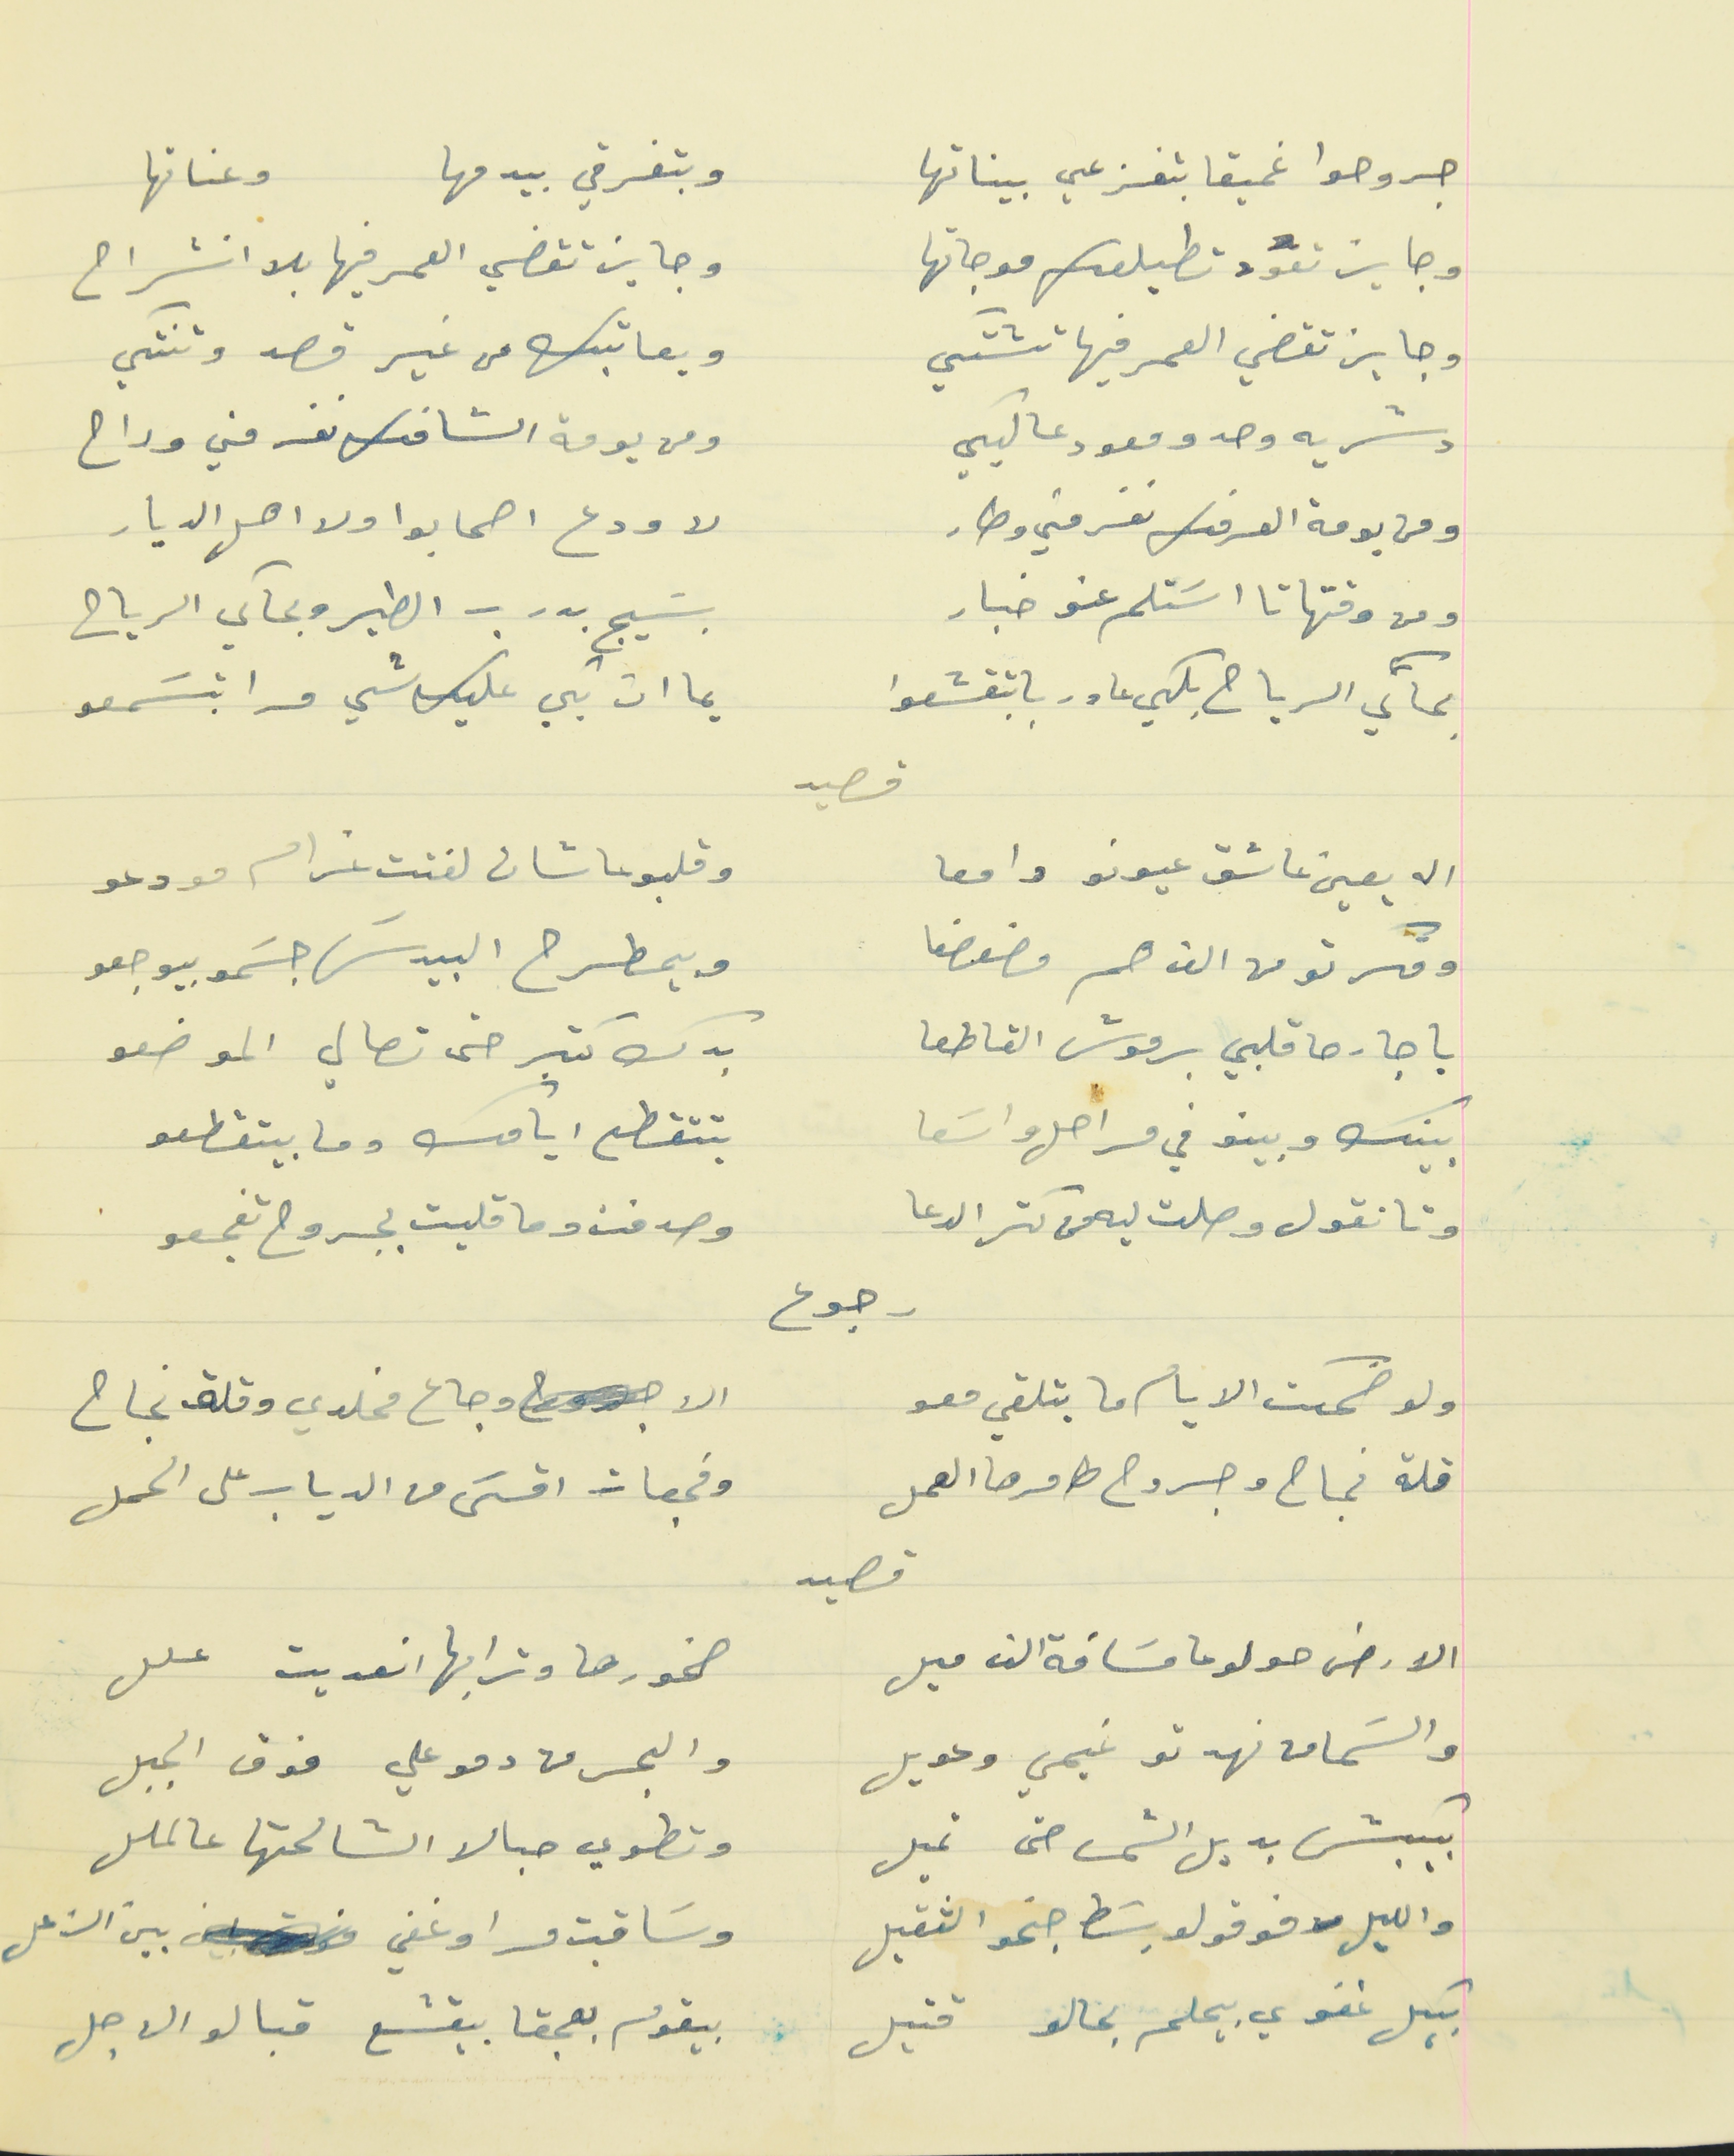
جروحوا غميقا بتفزعي بيناتها                                   وبتغرقي بيدمها وعناتها
وجايز تعود تطيلعلك موجاتها                                    وجايز تقضي العمر فيها بلا انشراح
وجايز تقضي العمر فيها تشتكي                                  وبعاتبك من غير قصد وتنتكي
دشريه وحدو معود عاليكي                                          ومن يومة الشافك نفر مني وراح
ومن يومة العرفك نفر مني وطار                                  لا ودع اصحابوا ولا اهل الديار
ومن وقتها تا اسَتلم عنو خبار                                       بسَيج بدرب الطير وبحاكي الرياح
بحاكي الرياح بلكي عا دربا بتقشعوا                            يماات بلكي عليك شي مرا بتسَمعو
اله يعين عاشق عيونو دامعا                                    وقلبو عاشان لفتت غرام مودعو
وفكرتو من الف هم مضعضعا                                  وبيمطرح البيدسَ جسَمو بيوجعو
يا جارحا قلبي برموش القاطعا                                    بدك كتير حتى تصالي الموضعو
بينك وبينو في مراحل واسَعا                                      بتتقطع ايامك وما بيتقطعو
وتا نقول وصلت ليه من كتر الدعا                              وصدفت وما قلبت بجروح تفجعو
ولو ضحكت الايام ما بتلقي معو                                    الا وجاع مخلدي وقلة نجاح
قلة نجاح وجروح طامرها العمل                                  وفجعات اقسَى من الدياب على الحمل
الارض حولو عا مسَافة الف ميل                                     صخورها وترابها انعديت علل
والسَما من نهدتو غيمي وعويل                                  والبحر من دمو علي فوق الجبل
بيكبش بديل الشمس حتى تميل                                  وتطوي حبالا الشالحتها عالملل
والليل فوقو لو بسَط جنحو الثقيل                                   وسَاقبت مرا وغفي بين الزعل
   بيكل غفوي بيحلم بحالو قتيل                                  بيقوم بعجقا بيقشع قبالو الاجل
قصيد
رجوع
قصيد